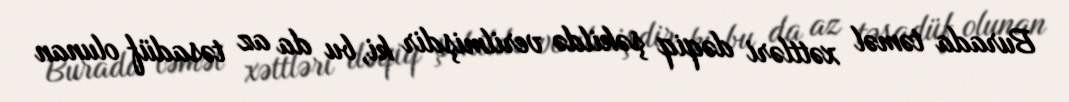
Burada təməl xəttləri dəqiq şəkildə verilmişdir ki, bu da az təsadüf olunan